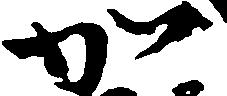
加